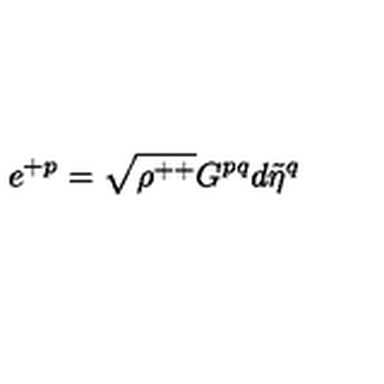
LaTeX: e ^ { + p } = \sqrt { \rho ^ { + + } } G ^ { p q } d { \tilde { \eta } } ^ { q }